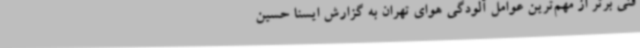
فنی برتر از مهم‌ترین عوامل آلودگی هوای تهران به گزارش ایسنا حسین